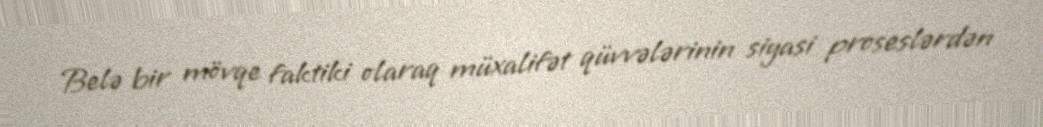
Belə bir mövqe faktiki olaraq müxalifət qüvvələrinin siyasi proseslərdən